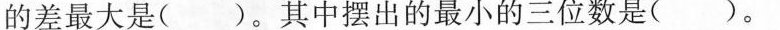
的差最大是( )。其中摆出的最小的三位数是( )。